Annual report of the Punjab Veterinary College and of the Civil Veterinary Department, Punjab - 1894-1908
Year: 1894
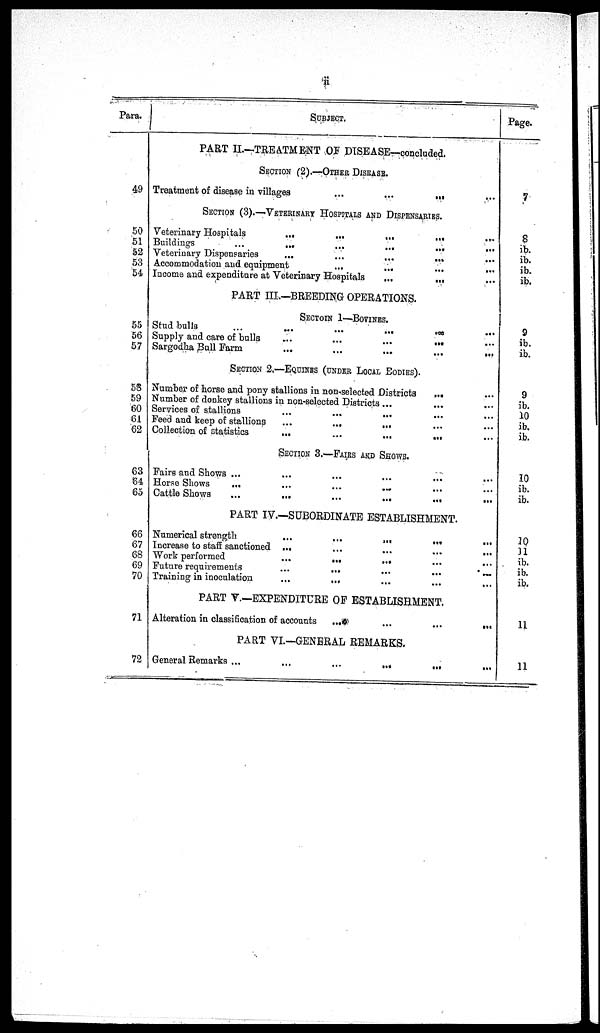
ii
Para.
49
50
51
52
53
54
55
56
57
53
59
60
61
62
63
64
65
66
67
68
69
70
71
72
SUBJECT.
PART II.—TREATMENT OF DISEASE—concluded.
SECTION (2).—OTHER DISEASE.
Treatment of disease in villages
...
...
...
...
SECTION (3).—VETERINARY HOSPITALS AND DISPENSARIES.
Veterinary Hospitals
...
...
...
...
Buildings
...
...
...
...
...
...
Veterinary Dispensaries
...
...
...
...
Accommodation and equipment
...
...
...
...
Income and expenditure at Veterinary Hospitals
...
...
PART III.—BREEDING OPERATIONS.
SECTION 1—BOVINES.
Stud bulls
...
...
...
...
...
...
Supply and care of bulls
...
...
...
...
Sargodha Bull Farm
...
...
...
...
...
SECTION 2.—EQUINES (UNDER LOCAL BODIES).
Number of horse and pony stallions in non-selected Districts
... ...
Number of donkey stallions in non-selected Districts ... ... ...
Services of stallions ... ... ... ... ...
Feed and keep of stallions ...
...
...
Collection of statistics
...
...
...
...
SECTION 3.—FAIRS AND SHOWS.
Fairs and Shows ... ... ... ... ... ...
Horse Shows
... ... ... ... ... ...
Cattle Shows
...
...
...
...
...
...
PART IV.—SUBORDINATE ESTABLISHMENT.
Numerical strength
...
...
...
...
...
...
Increase to staff sanctioned ...
...
...
...
...
...
Work performed
...
...
... ... ...
Future requirements
...
...
...
...
...
Training in inoculation
...
... ... ... ...
PART V.—EXPENDITURE OF ESTABLISHMENT.
Alteration in classi6cation of accounts
...
...
...
...
...
PART VI.—GENERAL REMARKS.
General Remarks ...
...
...
... ... ...
Page.
7
8
ib.
ib.
ib.
ib.
9
ib.
ib.
9
ib.
10
ib.
ib.
10
ib.
ib.
10
11
ib.
ib.
ib.
11
11